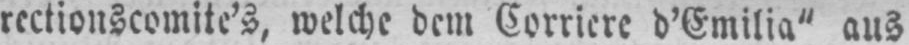
rectionscomite’s, welche dem Corriere d’Emilia“ aus